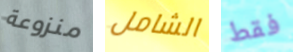
منزوعة الشامل فقط